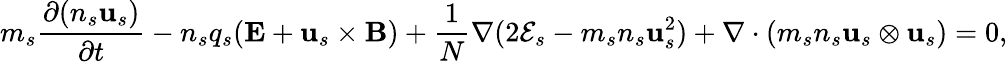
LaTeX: m_{s}\frac{\partial(n_{s}\mathbf{u}_{s})}{\partial t}-n_{s}q_{s}(\mathbf{E}+\mathbf{u}_{s}\times\mathbf{B})+\frac{1}{N}\nabla(2\mathcal{E}_{s}-m_{s}n_{s}\mathbf{u}_{s}^{2})+\nabla\cdot(m_{s}n_{s}\mathbf{u}_{s}\otimes\mathbf{u}_{s})=0,